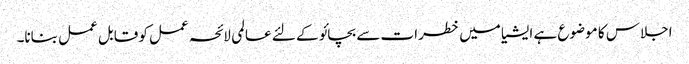
اجلاس کا موضوع ہے ایشیا میں خطرات سے بچائو کے لئے عالمی لائحہ عمل کو قابل عمل بنانا۔